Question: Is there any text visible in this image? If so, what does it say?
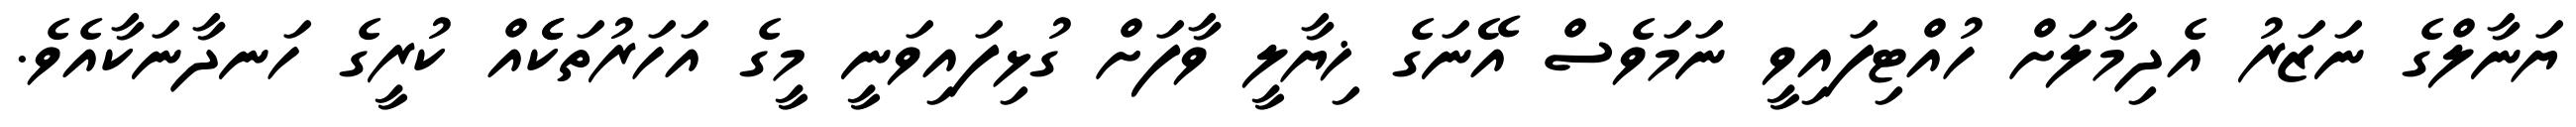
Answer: ޔަނާލްގެ ނަޒަރު އެދިމާލަށް ހުއްޓިފައިވީ ނަމަވެސް އޭނަގެ ޚިޔާލީ ވާފަށް ގުޅިފައިވަނީ މީގެ އަހަރުތަކެެއް ކުރީގެ ހަނދާނަކާއެވެ.